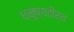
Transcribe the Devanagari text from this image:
धनुष्यतीर्थ